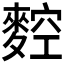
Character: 𪍂